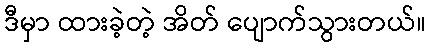
ဒီမှာ ထားခဲ့တဲ့ အိတ် ပျောက်သွားတယ်။